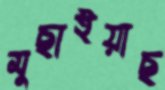
মুছাইয়াছ